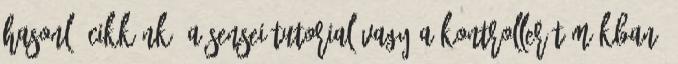
hasonló cikkünk, a Sensei tutorial vagy a Kontroller témákban.